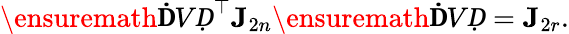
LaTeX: \ensuremath{\mathbf ḊVḌ}^{\top}\mathbf J_{2n}\ensuremath{\mathbf ḊVḌ}=\mathbf J_{2r}.